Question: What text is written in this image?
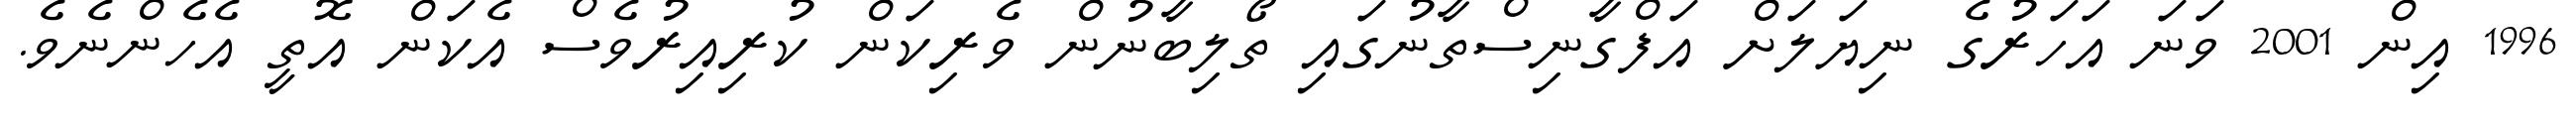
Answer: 1996 އިން 2001 ވަނަ އަހަރުގެ ނިޔަލަށް އަފްގާނިސްތާނުގައި ތޯލިބާނުން ވެރިކަން ކުރިއިރުވެސް އެކަން އޮތީ އެހެންނެވެ.